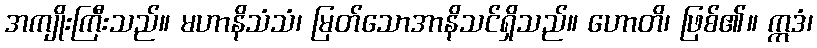
အကျိုးကြီးသည်။ မဟာနိသံသံ၊ မြတ်သောအာနိသင်ရှိသည်။ ဟောတိ၊ ဖြစ်၏။ ဣဒံ၊